[Report on the health of British troops in the Madras command]
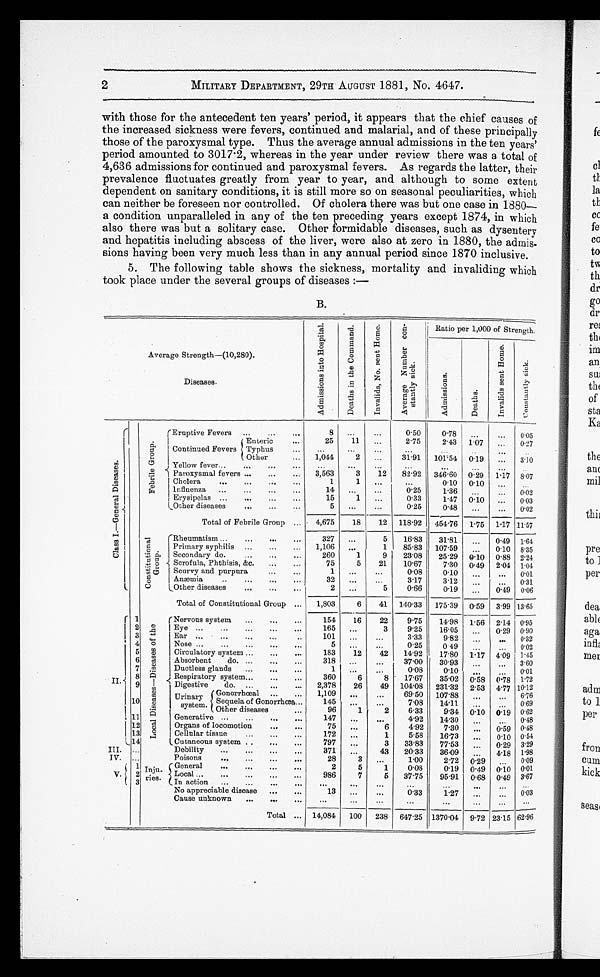
2
MILITARY DEPARTMENT, 29TH AUGUST 1881, No. 4647.
with those for the antecedent ten years' period, it appears that the chief causes of
the increased sickness were fevers, continued and malarial, and of these principally
those of the paroxysmal type. Thus the average annual admissions in the ten years'
period amounted to 3017.2, whereas in the year under review there was a total of
4,636 admissions for continued and paroxysmal fevers. As regards the latter, their
prevalence fluctuates greatly from year to year, and although to some extent
dependent on sanitary conditions, it is still more so on seasonal peculiarities, which
can neither be foreseen nor controlled. Of cholera there was but one case in 1880-
a condition unparalleled in any of the ten preceding years except 1874, in which
also there was but a solitary case. Other formidable diseases, such as dysentery
and hepatitis including abscess of the liver, were also at zero in 1880, the admis-
sions having been very much less than in any annual period since 1870 inclusive.
5. The following table shows the sickness, mortality and invaliding which
took place under the several groups of' diseases:—
B.
Average Strength—(10,280).
A d m i s s i o n s i n t o H o s p i t a l .
D e a t h s i n t h e C o m m a n d .
I n v a l i d s , N o . s e n t H o m e .
A v e r a g e N u m b e r c o n - s t a n t l y s i c k .
Ratio per 1,000 of Strength.
A d m i s s i o n s .
D e a t h s .
I n v a l i d s s e n t Ho me.
C o u s t a n t l y s i c k .
Diseases.
C l a s s I . — G e n e r a l D i s e a s e s .
F e b r i l e G r o u p .
Eruptive Fevers . . .
8
. . .
. . .
0.50
0.78
. . .
. . .
0.05
Continued Fevers
Enteric . . .
25
11
. . .
2.75
2.43
1.07
. . .
0.27
Typhus . . .
. . .
. . . . . .
. . .
. . .
. . .
. . . . . .
Other . . .
1,044
2
. . .
31.91
101.54
0.19
. . .
3.10
Yellow fever . . .
. . .
. . . . . .
. . .
. . . . . .
. . . . . .
P a r o x y s m a l f e v e r s
. . .
3,563
3
12
82.92
346.60 029
1.17 8.07
Cholera
. . .
1
1
. . .
. . .
0.10 0.10
. . .
. . .
influenza . . .
14
. . . . . .
0.25
1.36
. . .
. . .
0.02
Erysipelas . . .
15
1
. . .
0.33
1.47 0.10
. . .
0.03
Other diseases . . .
5
. . . . . .
0.25
0.48
. . .
. . .
0.02
Total of Febrile Group . . .
4,675
18
12
118.92
454.76
1.75 1.17 11.57
C o n s t i t u t i o n a l G r o u p . Rheumatism . . .
327
. . .
5
16.83
31.81
. . .
0.49 1.64
Primary syphilis . . .
1,106
. . .
1
85.83
107.59
. . .
0.10 8.35
Secondary do . . .
260
. . .
9
23.08
25.29
0. 10
0.88 2.24
Scrofula, Phthisis,,&c. . . .
75
5
21
10.67
7.30 0.49
2.04 1.04
Scurvy and purpura . . .
1
. . .
. . .
0.08
0.10
. . .
. . .
0.01
Anæmia . . .
32
. . .
. . .
3.17
3.12
. . .
. . .
0.31
Other diseases . . .
2
. . .
5
0.66
0.19
. . .
0.49 0.06
Total of Constitutional Group . . .
1,803
6
41
140.33
175.39
0.59 3.99 13.65
II
1
L o c a l D i s e a s e s — D i s e a s e s o f t h e
Nervous system . . .
154
16
22
9.75
14.98 1.56 2.14 0.95
2
Eye . . .
165
. . .
3
9.25
16.05
. . .
0.29 0.90
3
Ear . . .
101
. . .
. . .
3.33
9.82
. . .
. . .
0.32
4
Nose . ..
5
. . . . . .
0.25
0.49
. . .
. . .
0.02
5
Circulatory system . . .
183
12
42
14.92
17.80
1.17
4.09 1.45
6
Absorbent
do . . .
318
. . .
. . .
37.00
30.93
. . .
. . .
3.60
7
D u c t l e s s g l a n d s . . .
1
. . .
. . .
0.08
0.10
. . .
. . .
0.01
8
Respiratory system . . .
360
6
8
17.67
35.02 0.58
0.78 1.72
9
Digestive
do . . .
2,378
26
49 104.08
231.32 2.53 4.77 10.12
Urinary
system.
Gonorrhœeal . . .
1,109
. . .
. . .
69.50
107.88
. . .
. . . 6.76
10
Sequela of Gonorrhœa . . .
145
. . .
. . .
7.08
14.11
. . .
. . . 0.69
Other diseases
96
1
2
6.33
9.34
0. 10
0.19 0.62
11
Generative . . .
147
. . .
. . .
4.92
14.3
. . .
. . . 0.48
12
Organs of locomotion . . .
75
. . .
6
4.92
7.30
. . .
0.59 0.48
13
Cellular tissue . . .
172
. . .
1
5.58
16.73
. . .
0.10 0.54
14
Cutaneous system . . .
797
. . .
3
33 .. 3
77.53
. . .
0.29 3.29
III.
. . .
Debility . . .
371
. . .
43
20.33
36.0
. . .
4.18
1.98
IV.
. . .
Poisons . . .
28
3
. . .
1 .00
2.72
0.29
. . . 0.09
1
I n j u - r i e s .
ries.
General . . .
2
5
1
0.08
0.19
0 . 4 9
0.10 0. 01
V.
2
Local . . .
986
7
5
37.75
95.91 0.68 0.49 3.67
3
In action . ..
. . .
. . .
. . .
. . .
. . . . . . . . .
. . .
No appreciable disease . . .
13
. . .
. . .
0.33
1.27
. . .
. . . 0.03
Cause unknown . . .
. . .
. . .
. . .
. . .
. . .
. . .
. . . . . .
Total . . . 14,084
100
238 647.25 1370.04 9.72 23.15 62.96